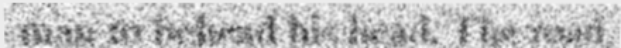
man to behead his head. The road